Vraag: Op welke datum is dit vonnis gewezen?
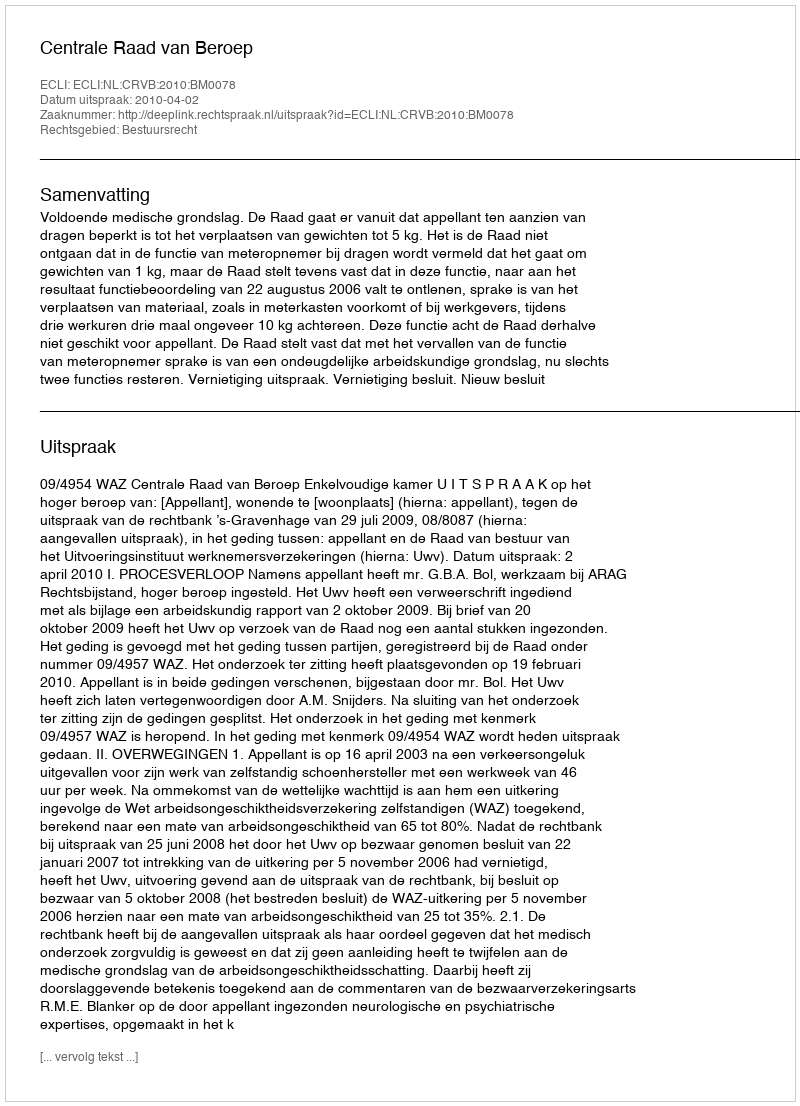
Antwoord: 2010-04-02